Annual report of the Bengal Veterinary College and of the Civil Veterinary Department, Bengal, for the year 1916-17 - 1916-1917
Year: 1916
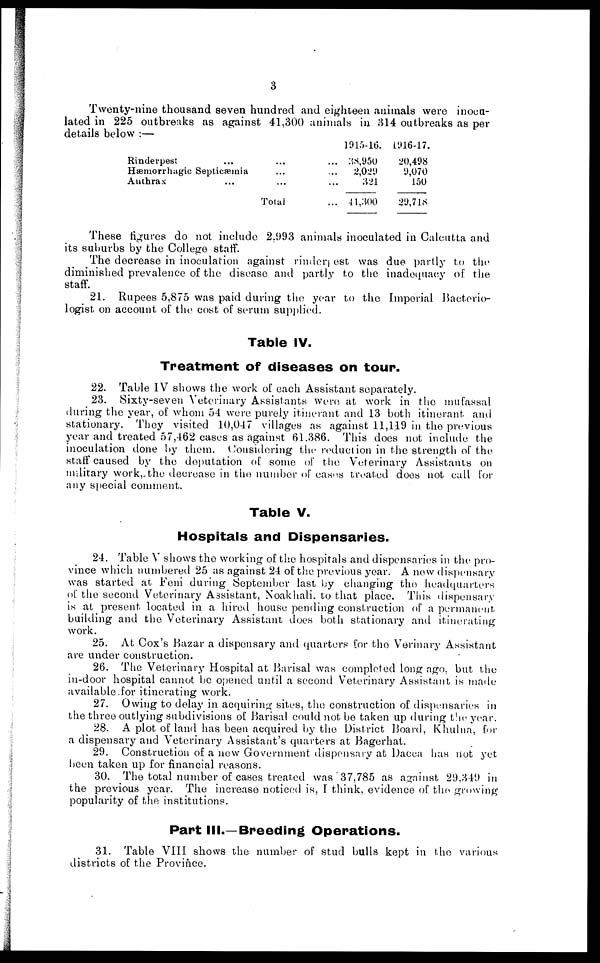
3
Twenty-nine thousand seven hundred and eighteen animals were inocu-
lated in 225 outbreaks as against 41,300 animals in 314 outbreaks as per
details below:—
Rinderpest ...
Hæmorrhagic Septicæmia
Anthrax ...
...
...
...
Total
...
...
...
...
1915-16.
38,950
2,029
321
41,300
1916-17.
20,498
9,070
150
29,718
These figures do not include 2,993 animals inoculated in Calcutta and
its suburbs by the College staff.
The decrease in inoculation against rinderpest was due partly to the
diminished prevalence of the disease and partly to the inadequacy of the
staff.
21. Rupees 5,875 was paid during the year to the Imperial Bacterio-
logist on account of the cost of serum supplied.
Table IV.
Treatment of diseases on tour.
22. Table IV shows the work of each Assistant separately.
23. Sixty-seven Veterinary Assistants were at work in the mufassal
during the year, of whom 54 were purely itinerant and 13 both itinerant and
stationary. They visited 10,047 villages as against 11,119 in the previous
year and treated 57,462 cases as against 61.386. This does not include the
inoculation done by them. Considering the reduction in the strength of the
staff caused by the deputation of some of the Veterinary Assistants on
military work, the decrease in the number of cases treated does not call for
any special comment.
Table V.
Hospitals and Dispensaries.
24. Table V shows the working of the hospitals and dispensaries in the pro-
vince which numbered 25 as against 24 of the previous year. A new dispensary
was started at Feni during September last by changing the headquarters
of the second Veterinary Assistant, Noakhali. to that place. This dispensary
is at present located in a hired house pending construction of a permanent
building and the Veterinary Assistant does both stationary and itinerating
work.
25. At Cox's Bazar a dispensary and quarters for the Verinary Assistant
are under construction.
26. The Veterinary Hospital at Barisal was completed long ago. but the
in-door hospital cannot be opened until a second Veterinary Assistant is made
available for itinerating work.
27. Owing to delay in acquiring sites, the construction of dispensaries in
the three outlying subdivisions of Barisal could not be taken up during the year.
28. A plot of land has been acquired by the District Board, Khulna, for
a dispensary and Veterinary Assistant's quarters at Bagerhat.
29. Construction of a new Government dispensary at Dacca has not yet
been taken up for financial reasons.
30. The total number of cases treated was 37,785 as against 29,349 in
the previous year. The increase noticed is, I think, evidence of the growing
popularity of the institutions.
Part III.—Breeding Operations.
31. Table VIII shows the number of stud bulls kept in the various
districts of the Province.